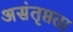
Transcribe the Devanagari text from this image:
असंतृप्तता